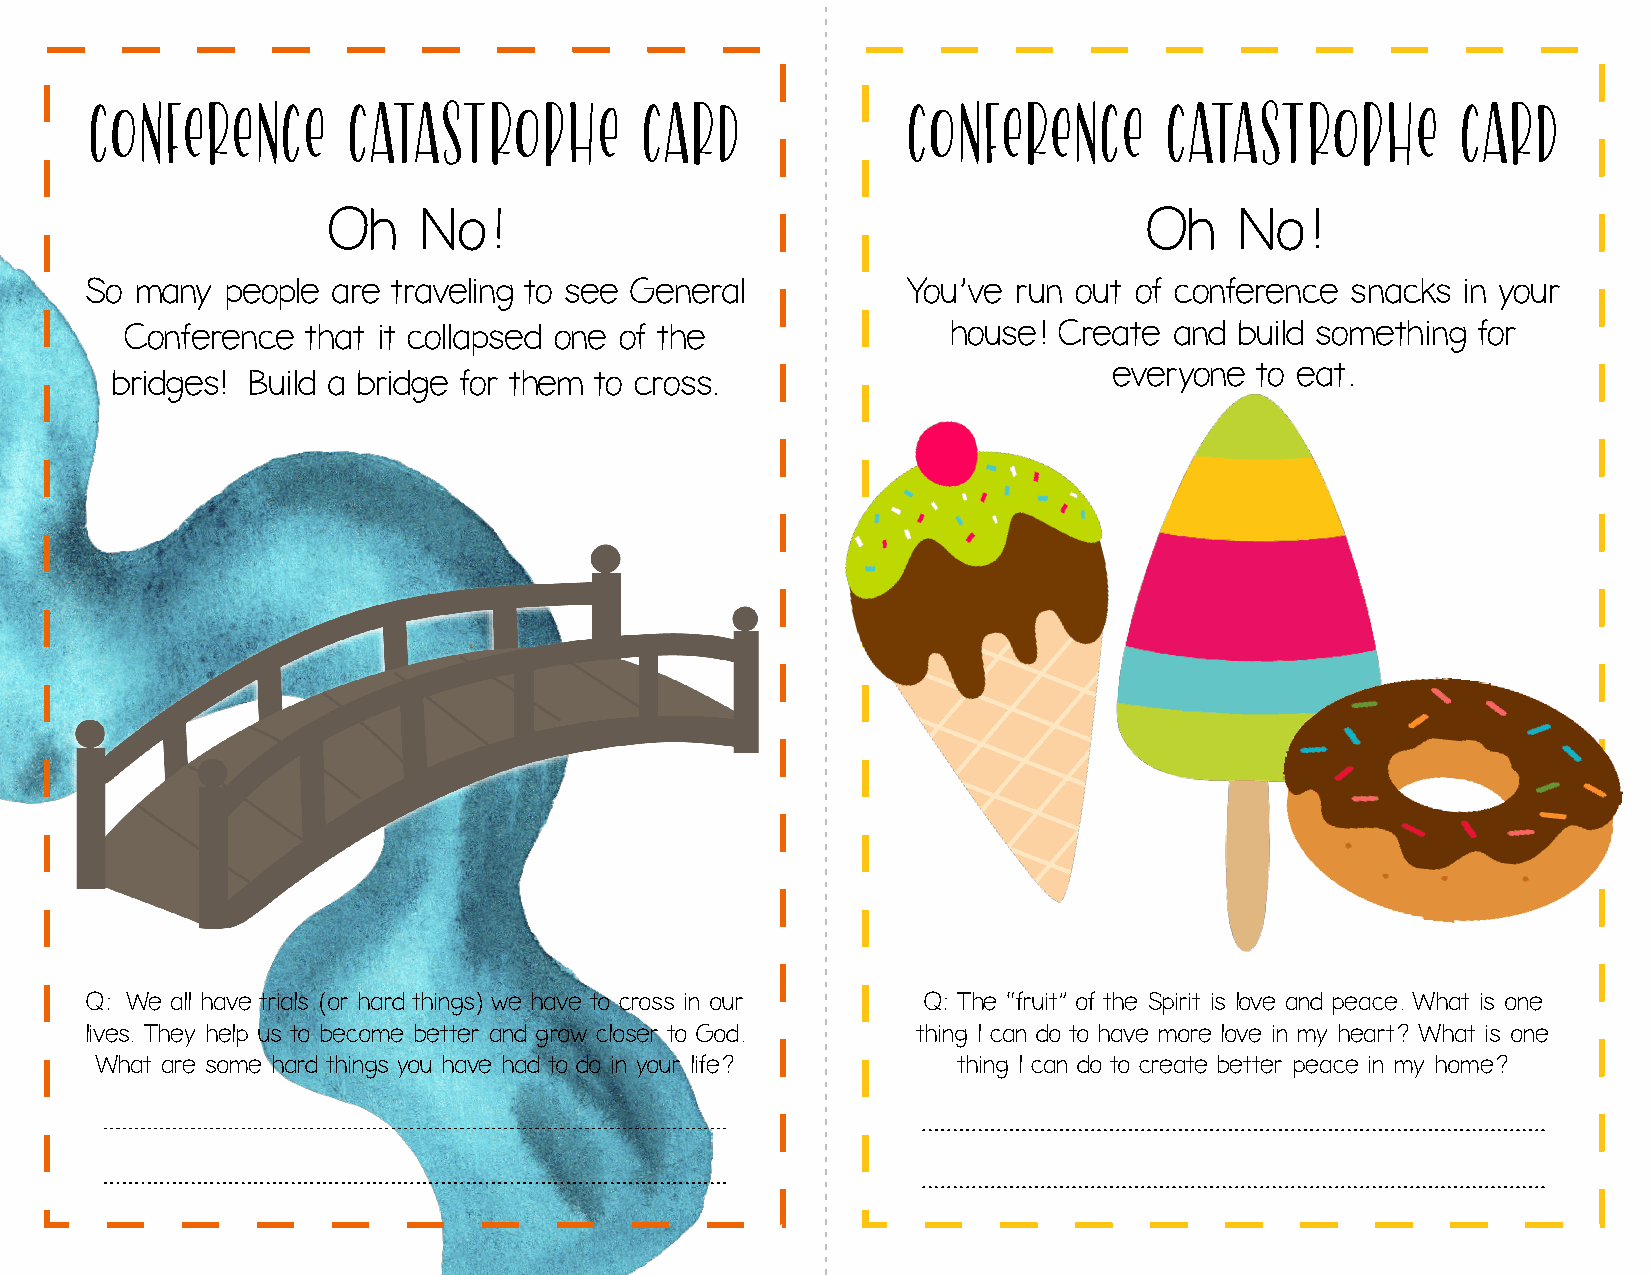
CONFERENCE       Catastrophe        Card              CONFERENCE       Catastrophe         Card
 Oh    No!                                             Oh    No!
 So many  people are traveling to see General          You’ve run out of conference snacks  in your
 Conference  that it collapsed one of the               house! Create  and build something for
 everyone to eat.
 bridges! Build a bridge for them to cross.
 Q: We all have trials (or hard things) we have to cross in our Q: The “fruit” of the Spirit is love and peace. What is one
 lives. They help us to become better and grow closer to God. thing I can do to have more love in my heart? What is one
 What are some hard things you have had to do in your life? thing I can do to create better peace in my home?